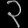
Digit: ၃